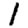
Digit: 1